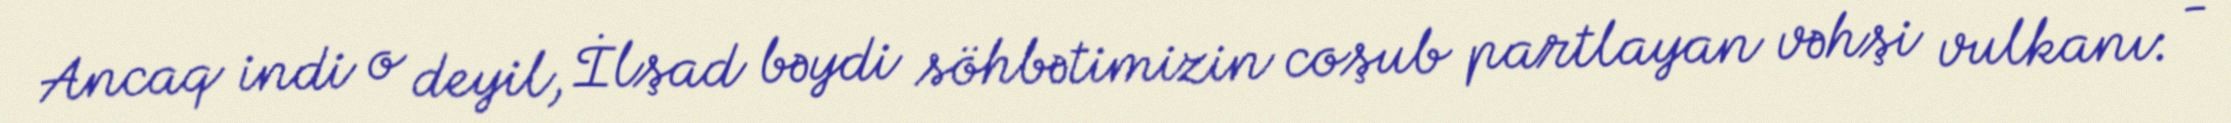
Ancaq indi o deyil, İlşad bəydi söhbətimizin coşub partlayan vəhşi vulkanı: -